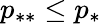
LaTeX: p_{**}\leq p_{*}